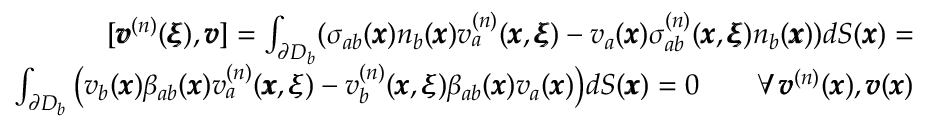
\begin{array} { r l r } & { } & { [ { \pmb v } ^ { ( n ) } ( { \pmb \xi } ) , { \pmb v } ] = \int _ { \partial D _ { b } } ( \sigma _ { a b } ( { \pmb x } ) n _ { b } ( { \pmb x } ) v _ { a } ^ { ( n ) } ( { \pmb x } , { \pmb \xi } ) - v _ { a } ( { \pmb x } ) \sigma _ { a b } ^ { ( n ) } ( { \pmb x } , { \pmb \xi } ) n _ { b } ( { \pmb x } ) ) d S ( { \pmb x } ) = } \\ & { } & { \int _ { \partial D _ { b } } \big ( v _ { b } ( { \pmb x } ) { \beta } _ { a b } ( { \pmb x } ) v _ { a } ^ { ( n ) } ( { \pmb x } , { \pmb \xi } ) - v _ { b } ^ { ( n ) } ( { \pmb x } , { \pmb \xi } ) { \beta } _ { a b } ( { \pmb x } ) v _ { a } ( { \pmb x } ) \big ) d S ( { \pmb x } ) = 0 \qquad { \forall \, { \pmb v } ^ { ( n ) } ( { \pmb x } ) , { \pmb v } ( { \pmb x } ) } } \end{array}